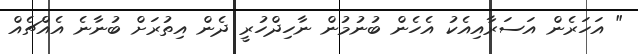
" އަހަރެން އަސަރާއިއެކު އެހެން ބުނުމުން ނާހިދްހުރީ ދެން އިތުރަށް ބުނާނެ އެއްޗެއް